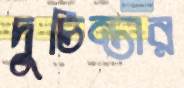
দুচিন্তার